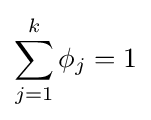
\sum _{j=1}^{k}\phi _{j}=1